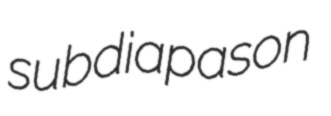
subdiapason